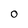
Character: O